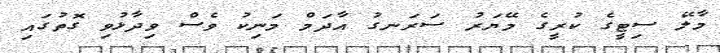
މާލޭ ސިޓީގެ ކުރީގެ މޭޔަރު ސަރަނގު އާދަމް މަނިކު ވެސް ވިދާޅުވި ގޮތުގައި